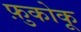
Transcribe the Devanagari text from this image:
फ़ुकोकू